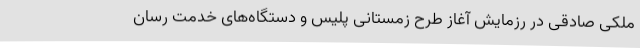
ملکی صادقی در رزمایش آغاز طرح زمستانی پلیس و دستگاه‌های خدمت رسان